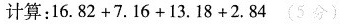
计算：16.82+7.16+13.18+2.84(5分)